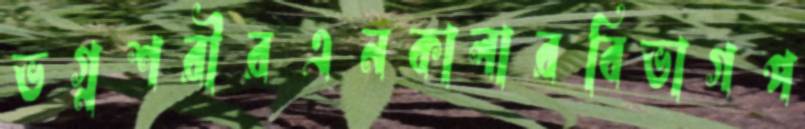
ভগ্নশরীরএনকালারবিভাগপ